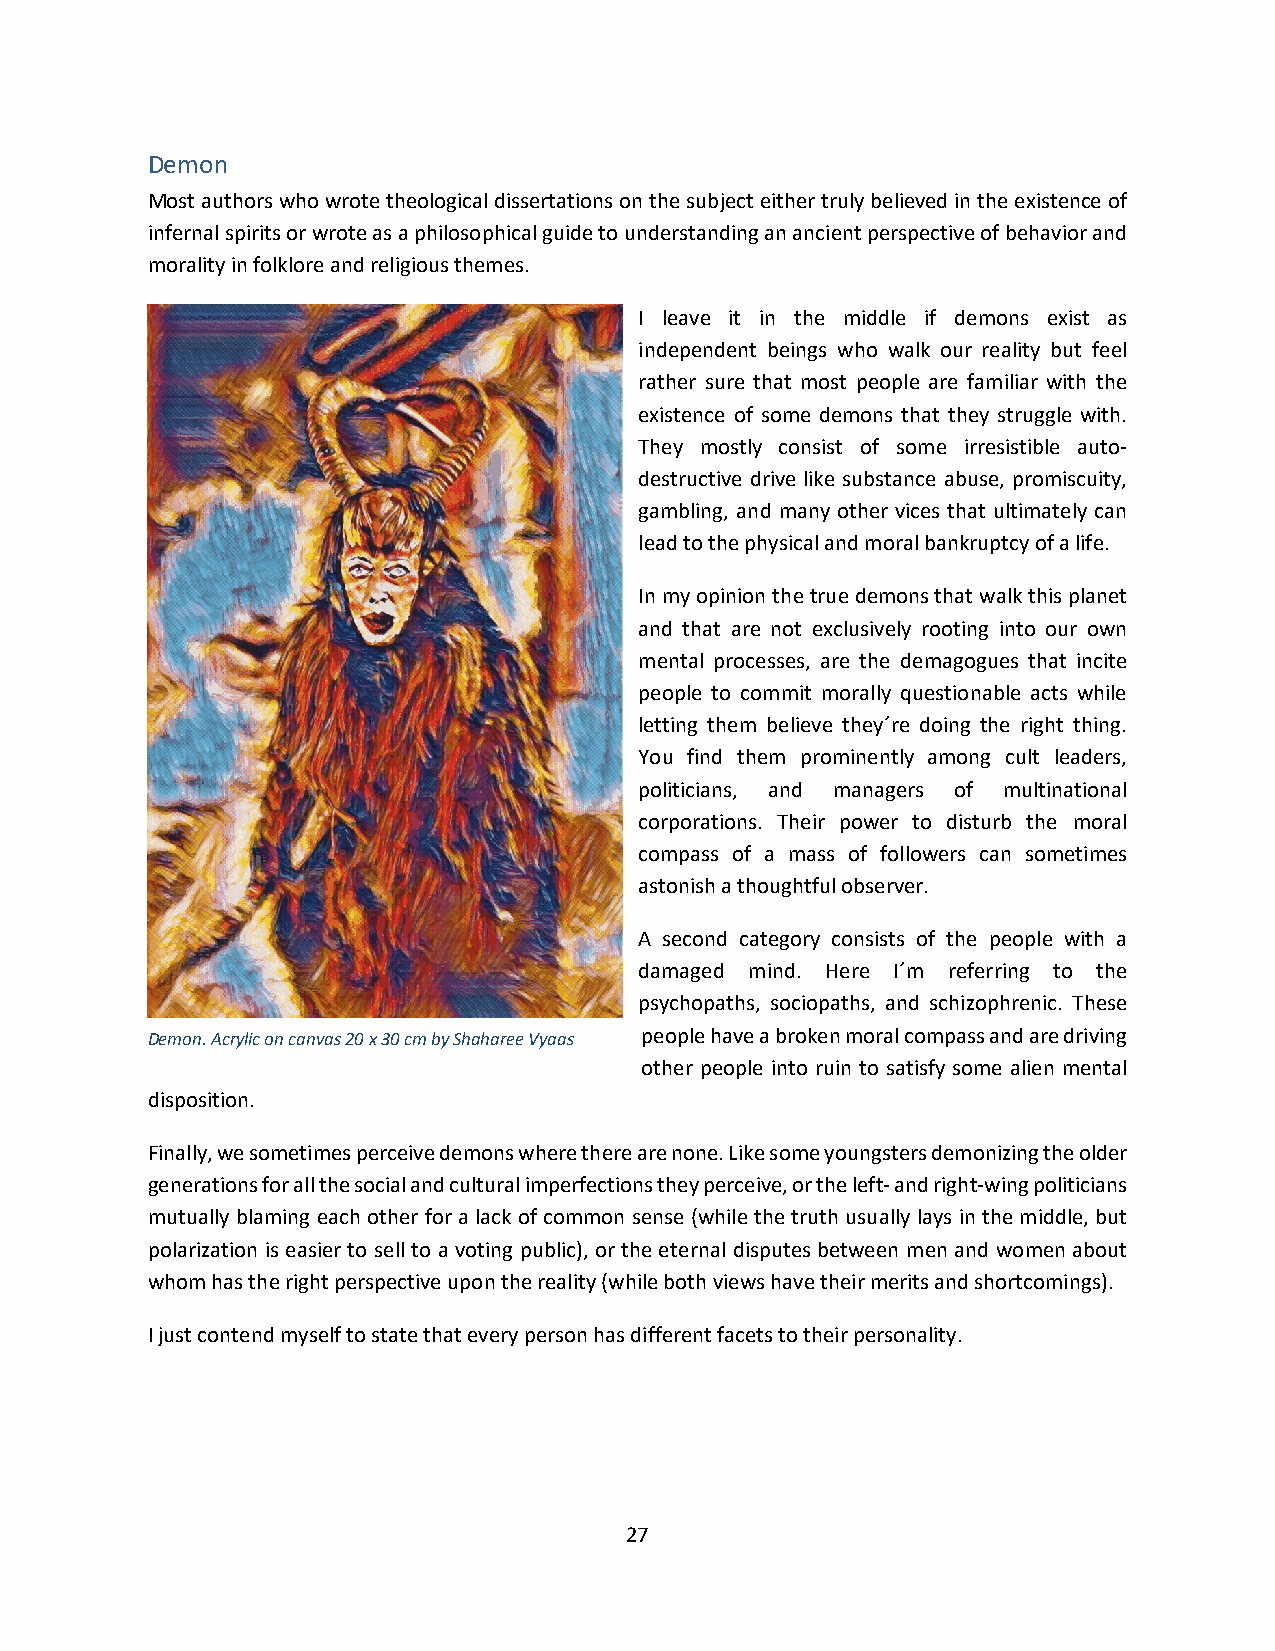
Demon
 Most authors who wrote theological dissertations on the subject either truly believed in the existence of
 infernal spirits or wrote as a philosophical guide to understanding an ancient perspective of behavior and
 morality in folklore and religious themes.
 I leave it in the middle if demons exist as
 independent beings who walk our reality but feel
 rather sure that most people are familiar with the
 existence of some demons that they struggle with.
 They mostly consist of some irresistible auto-
 destructive drive like substance abuse, promiscuity,
 gambling, and many other vices that ultimately can
 lead to the physical and moral bankruptcy of a life.
 In my opinion the true demons that walk this planet
 and that are not exclusively rooting into our own
 mental processes, are the demagogues that incite
 people to commit morally questionable acts while
 letting them believe they´re doing the right thing.
 You find them prominently among cult leaders,
 politicians, and managers of multinational
 corporations. Their power to disturb the moral
 compass of a mass of followers can sometimes
 astonish a thoughtful observer.
 A second category consists of the people with a
 damaged mind. Here I´m referring to the
 psychopaths, sociopaths, and schizophrenic. These
 Demon. Acrylic on canvas 20 x 30 cm by Shaharee Vyaas people have a broken moral compass and are driving
 other people into ruin to satisfy some alien mental
 disposition.
 Finally, we sometimes perceive demons where there are none. Like some youngsters demonizing the older
 generations for all the social and cultural imperfections they perceive, or the left- and right-wing politicians
 mutually blaming each other for a lack of common sense (while the truth usually lays in the middle, but
 polarization is easier to sell to a voting public), or the eternal disputes between men and women about
 whom has the right perspective upon the reality (while both views have their merits and shortcomings).
 I just contend myself to state that every person has different facets to their personality.
 27